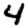
Digit: 4